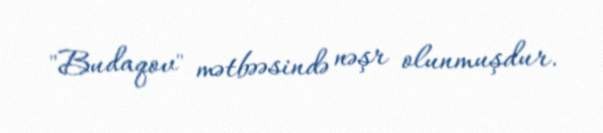
"Budaqov" mətbəəsində nəşr olunmuşdur.